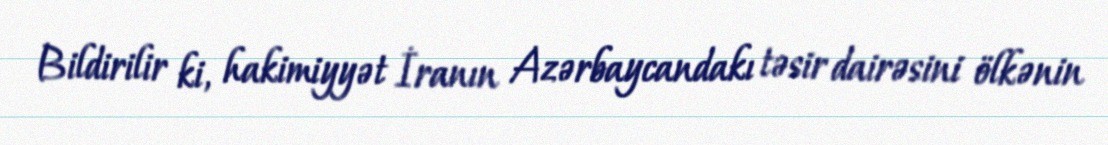
Bildirilir ki, hakimiyyət İranın Azərbaycandakı təsir dairəsini ölkənin